Annual report of the Punjab Veterinary College and of the Civil Veterinary Department, Punjab - 1926-1932
Year: 1926
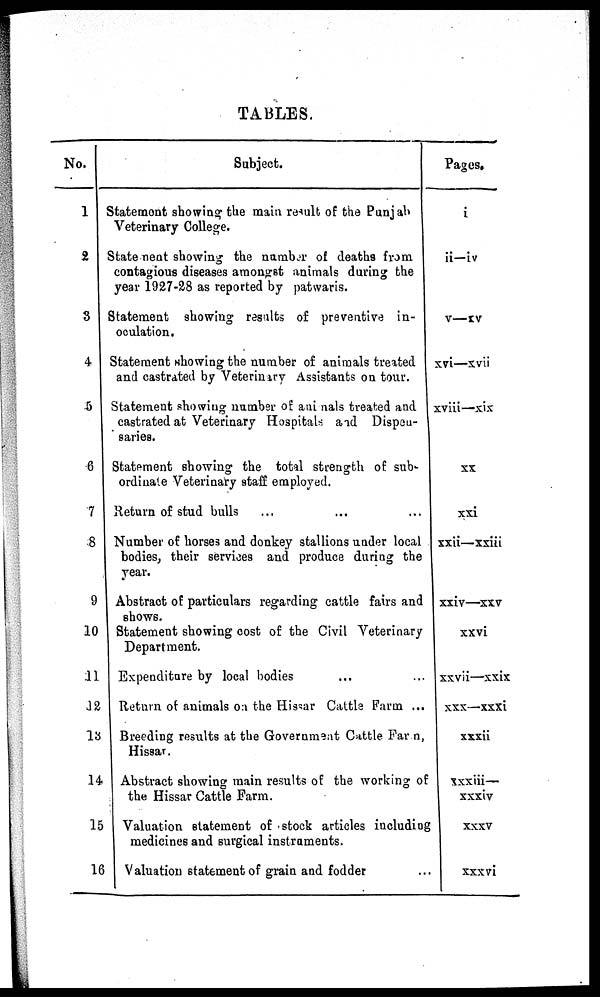
TABLES.
No.
1
2
3
4
5
6
7
8
9
10
11
12
13
14
15
16
Subject.
Statement showing the main result of the Punjab
Veterinary College.
Statement showing the number of deaths from.
contagious diseases amongst animals during the
year 1927-28 as reported by patwaris.
Statement showing results of preventive in-
oculation.
Statement showing the number of animals treated
and castrated by Veterinary Assistants on tour.
Statement showing number of animals treated and
castrated at Veterinary Hospitals and Dispeu-
saries.
Statement showing the total strength of sub-
ordinate Veterinary staff employed.
Return of stud bulls
Number of horses and donkey stallions under local
bodies, their services and produce during the
year.
Abstract of particulars regarding cattle fairs and
shows.
Statement showing cost of the Civil Veterinary
Department.
Expenditure by local bodies
Return of animals on the Hissar Cattle Farm ...
Breeding results at the Government Cattle Farm,
Hissar.
Abstract showing main results of the working of
the Hissar Cattle Farm.
Valuation statement of stock articles including
medicines and surgical instruments.
Valuation statement of grain and fodder
Pages.
i
ii—iv
v—xv
xvi—xvii
xviii—xix
xx
xxi
xxii—xxiii
xxiv—xxv
xxvi
xxvii—xxix
xxx—xxxi
xxxii
xxxiii—
xxxiv
xxxv
xxxvi